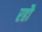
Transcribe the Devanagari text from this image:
रहौ